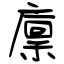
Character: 廩